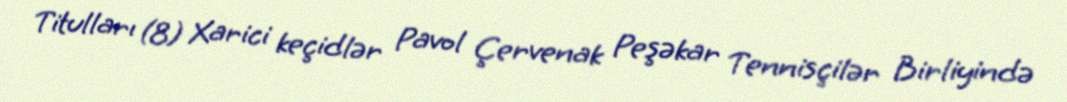
Titulları (8) Xarici keçidlər Pavol Çervenak Peşəkar Tennisçilər Birliyində